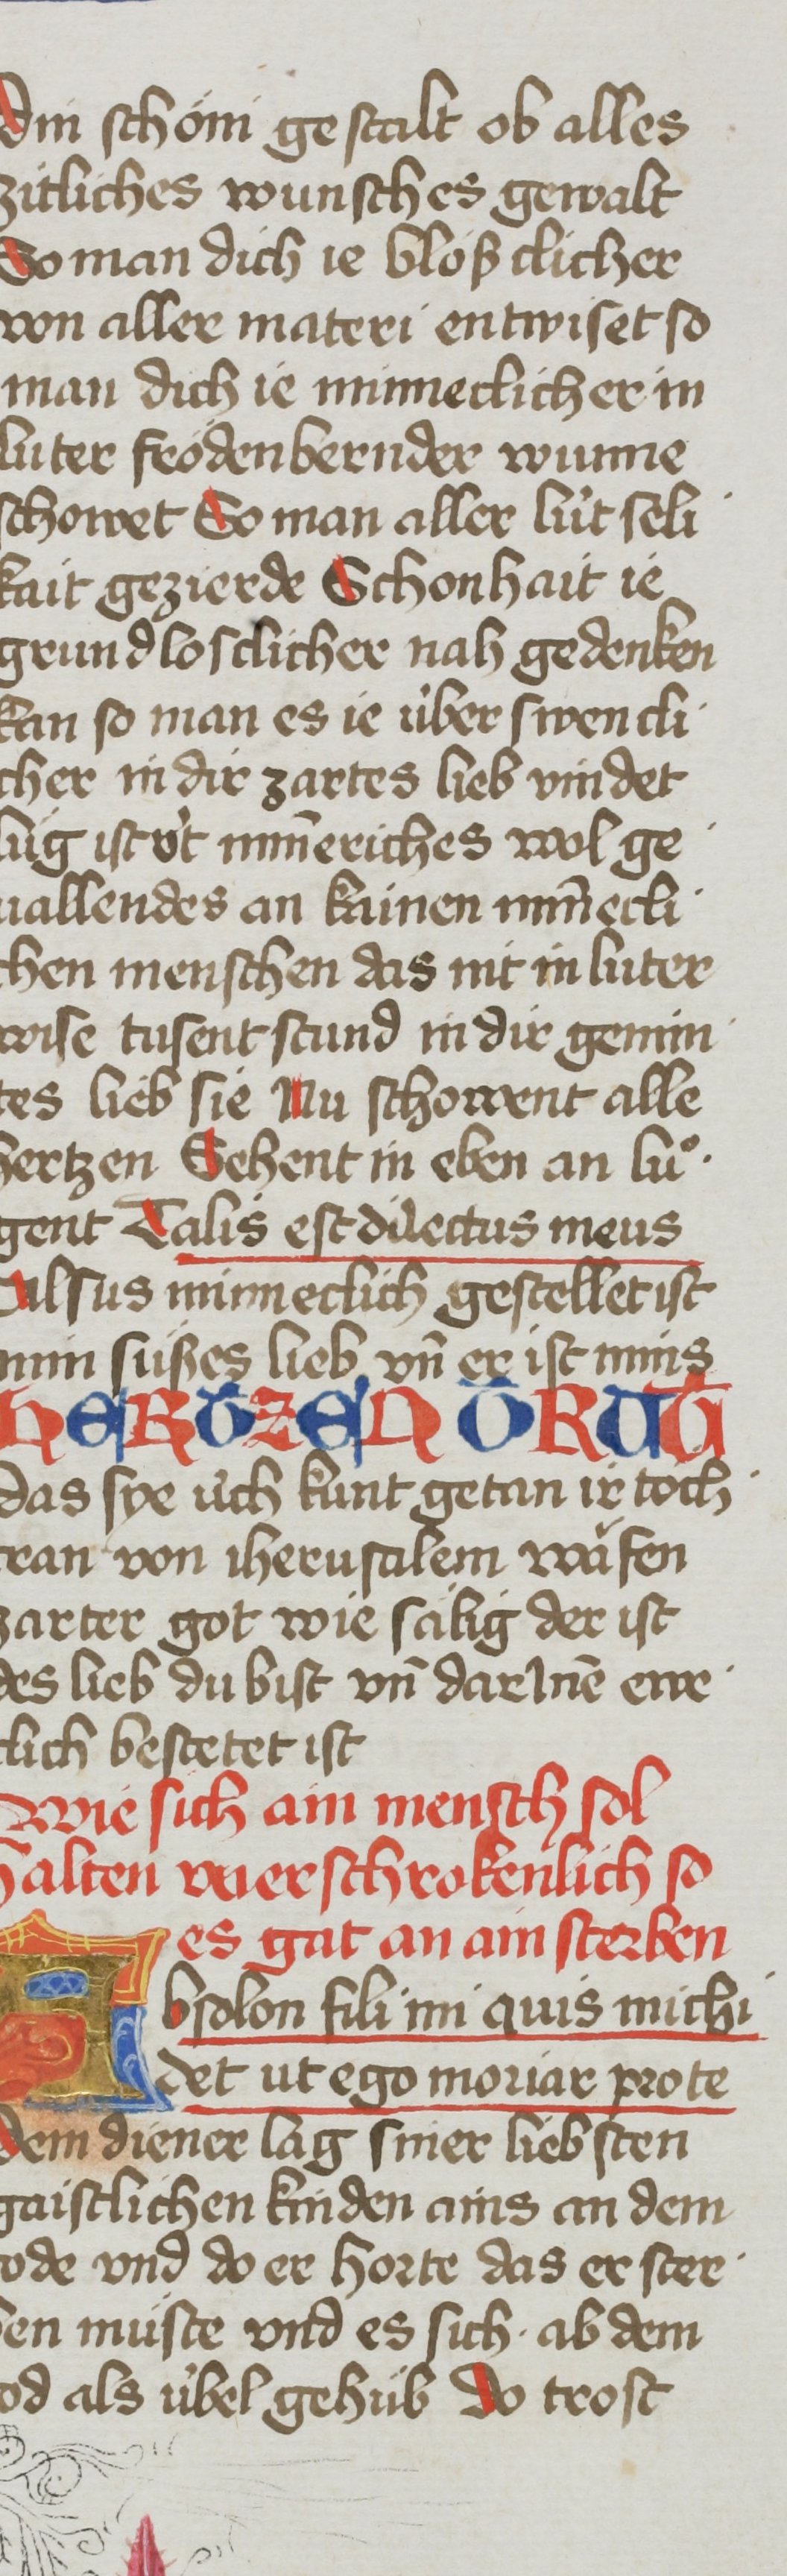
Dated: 1485–1495